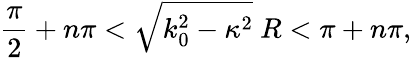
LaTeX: \frac{\pi}{2}+n\pi<\sqrt{k_{0}^{2}-\kappa^{2}}\ R<\pi+n\pi,